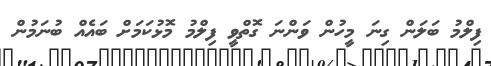
ފިލްމު ބަލަން ގިނަ މީހުން ވަންނަ ގޮތްވީ ފިލްމު މޮޅުކަމަށް ބައެއް ބުނަމުން